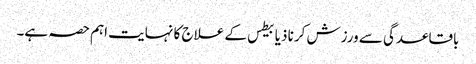
باقاعدگی سے ورزش کرنا ذیابیطس کے علاج کا نہایت اہم حصہ ہے۔